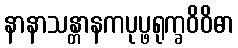
နာနာသန္တာနကပုပ္ဖရုက္ခဝိဝိဓာ